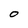
Character: 0